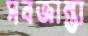
সবজান্তা